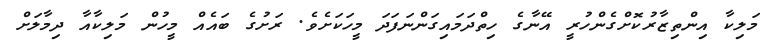
މަލިކާ އިންތިޒާރުކޮށްގެންހުރީ އޭނާގެ ހިތްދަމައިގަންނަފަދަ މީހަކަށެވެ. ރަށުގެ ބައެއް މީހުން މަލިކާއާ ދިމާލަށް